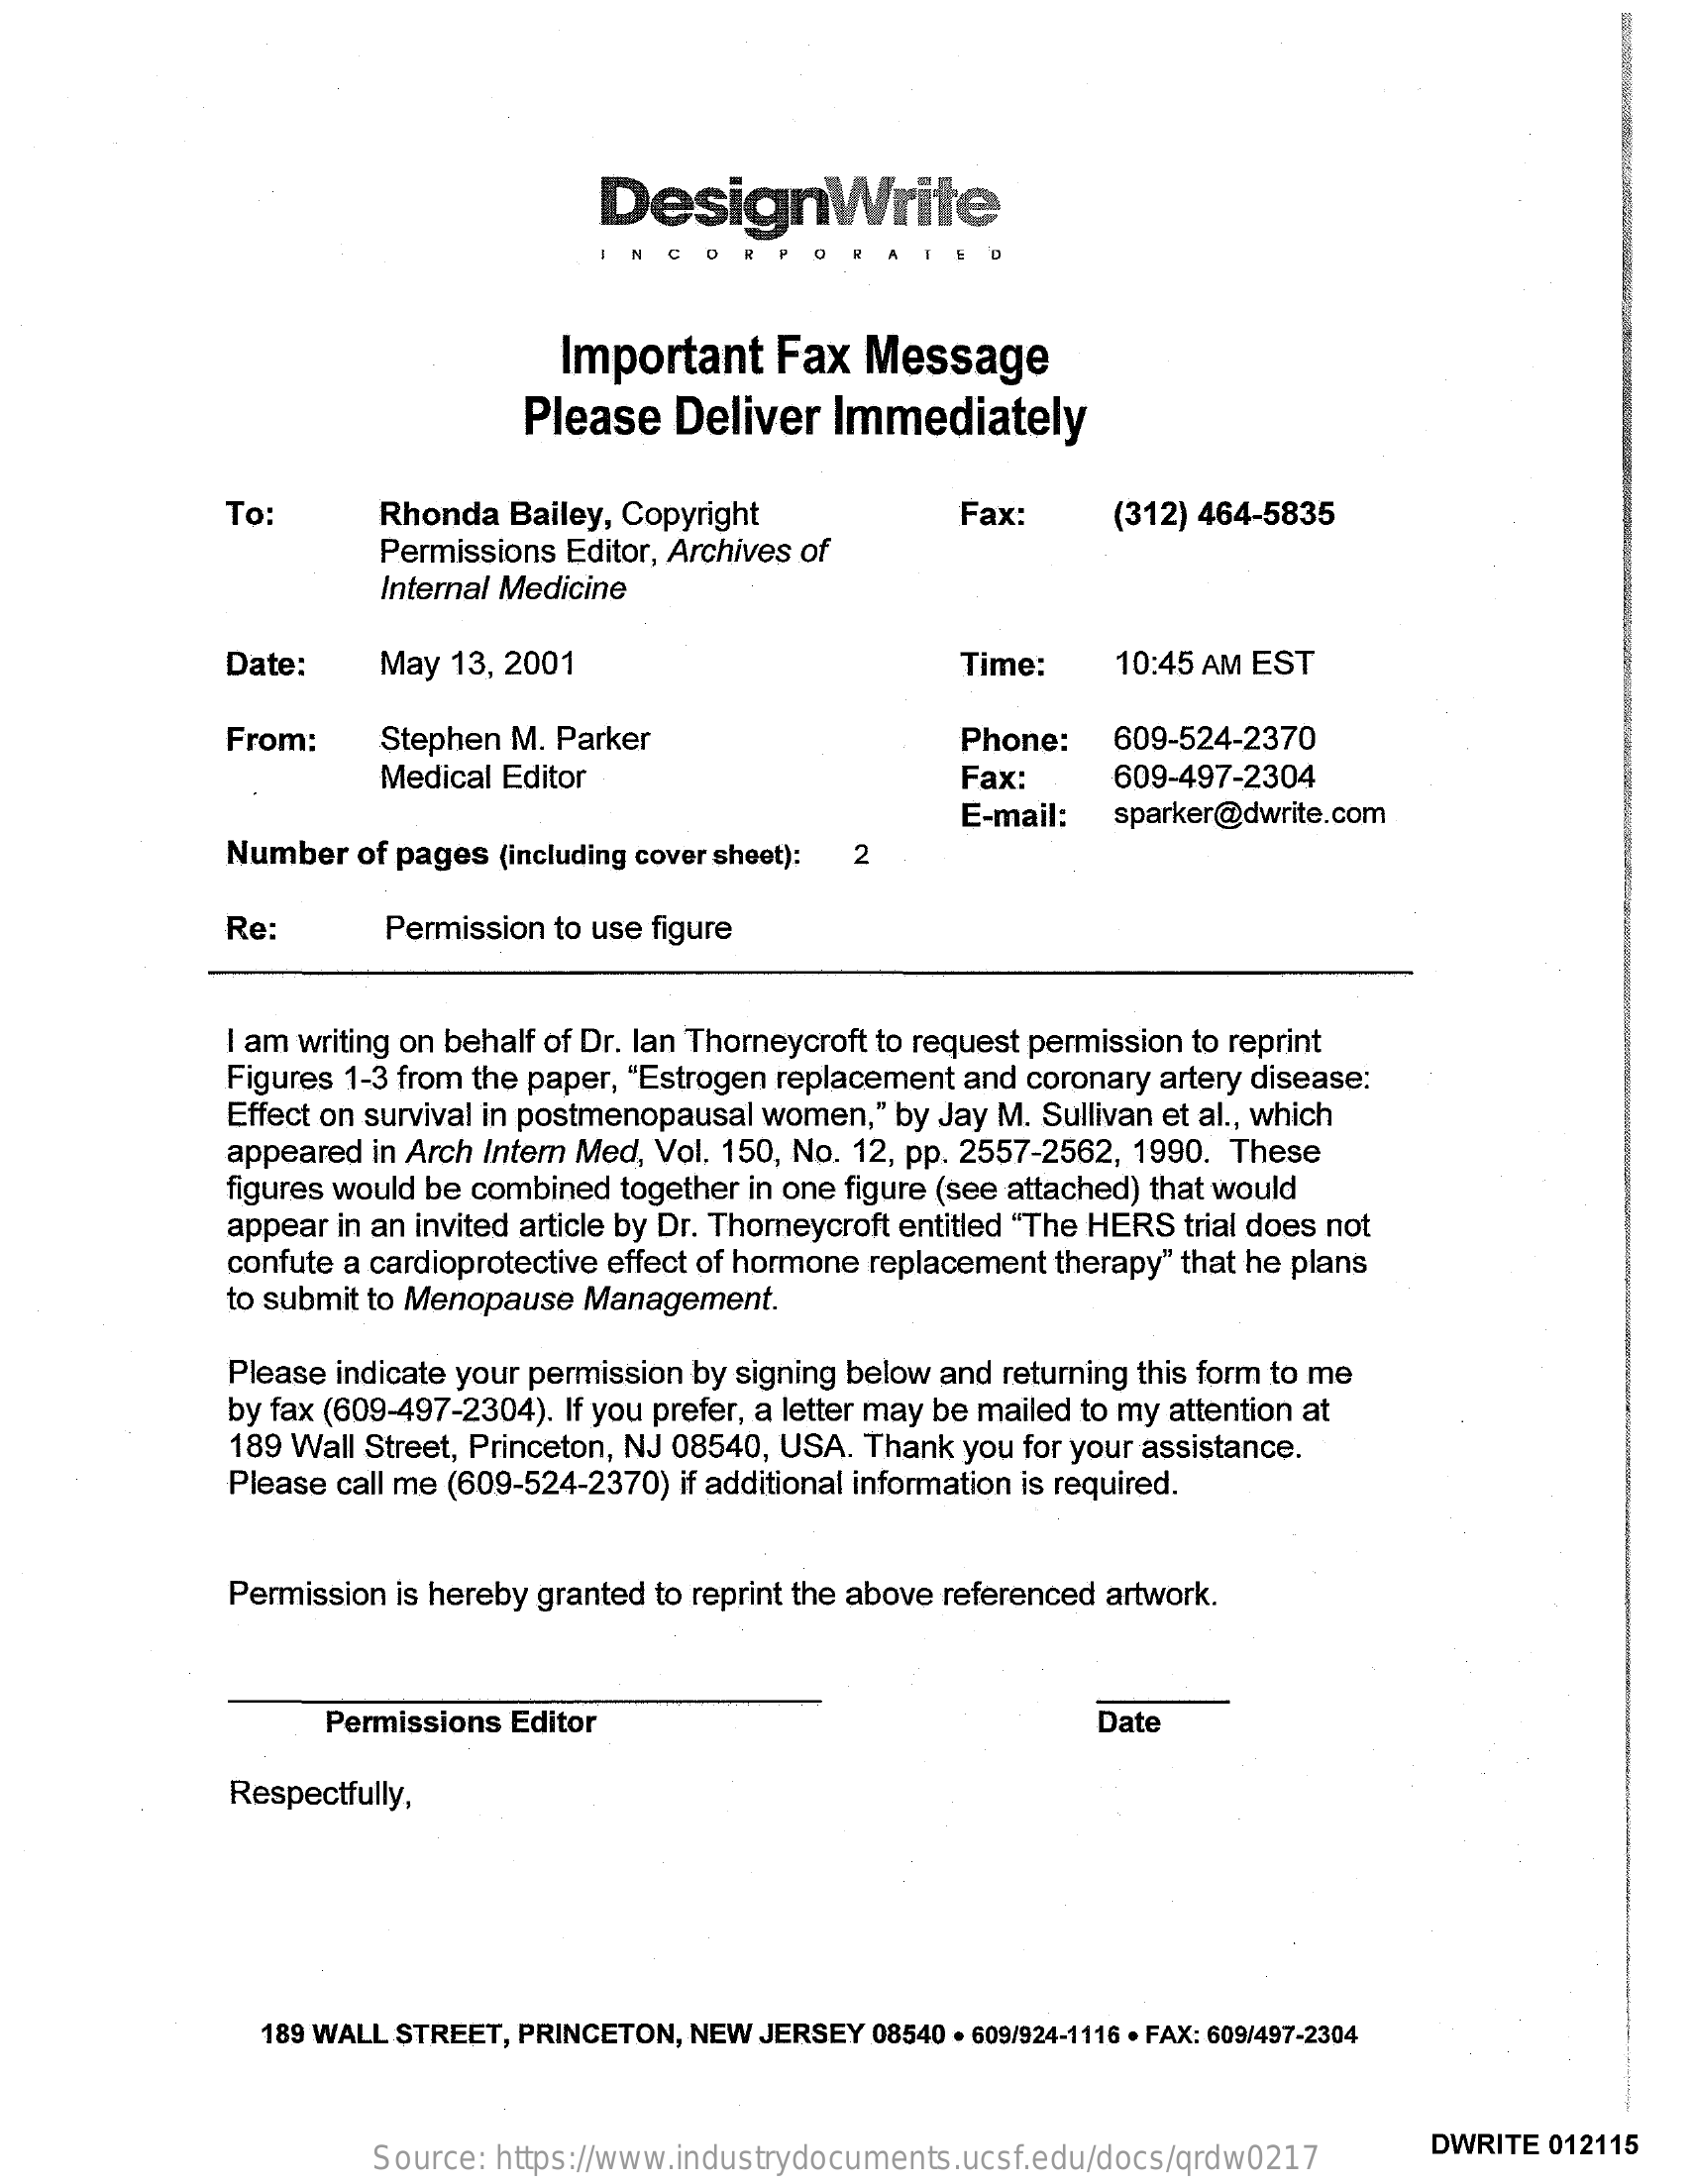
DesignWrite
     COR
     Important    Fax  Message
     Please  Deliver   Immediately
     To:    Rhonda  Bailey, Copyright    Fax:
     Permissions Editor, Archives of
     (312) 464-5835
     Internal Medicine
     Date:    May 13, 2001    Time:    10:45 AM EST
     From:    Stephen M. Parker    Phone:    609-524-2370
     Medical Editor    Fax:    609-497-2304
     E-mail:  sparker@dwrite.com
     Number  of pages (including cover sheet): 2
     Re:    Permission to use figure
     I am writing on behalf of Dr. lan Thorneycroft to request permission to reprint
     Figures 1-3 from the paper, "Estrogen replacement and coronary artery disease:
     Effect on survival in postmenopausal women," by Jay M. Sullivan et al ., which
     appeared in Arch Intern Med, Vol. 150, No. 12, pp. 2557-2562, 1990. These
     figures would be combined together in one figure (see attached) that would
     appear in an invited article by Dr. Thorneycroft entitled "The HERS trial does not
     confute a cardioprotective effect of hormone replacement therapy" that he plans
     to submit to Menopause Management.
     Please indicate your permission by signing below and returning this form to me
     by fax (609-497-2304). If you prefer, a letter may be mailed to my attention at
     189 Wall Street, Princeton, NJ 08540, USA. Thank you for your assistance.
     Please call me (609-524-2370) if additional information is required.
     Permission is hereby granted to reprint the above referenced artwork.
     Permissions Editor    Date
     Respectfully,
     189 WALL STREET, PRINCETON, NEW JERSEY 08540 . 609/924-1116 . FAX: 609/497-2304
     Source: https://www.industrydocuments.ucsf.edu/docs/qrdw0217
     DWRITE 012115